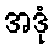
အဒုံ